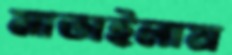
মাতাইলাম